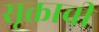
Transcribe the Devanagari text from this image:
सूक्ताची